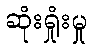
ဆုံးရှုံးမှု